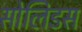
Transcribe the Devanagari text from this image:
सोलिडस